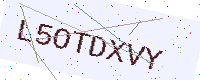
Text: L5OTDXVY